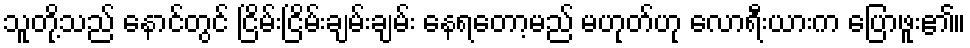
သူတို့သည် နောင်တွင် ငြိမ်းငြိမ်းချမ်းချမ်း နေရတော့မည် မဟုတ်ဟု လောရီးယားက ပြောဖူး၏။